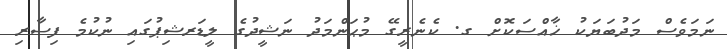
ނަމަވެސް މަދުބަޔަކު ޚާއްސަކޮށް ގ. ކެނެރީގޭ މުޙަންމަދު ނަޝީދުގެ ލީޑަރޝިޕުގައި ނުކުމެ ފިސާރި